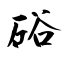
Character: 硲